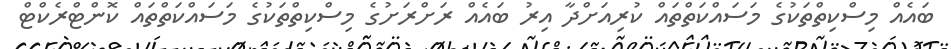
ބައެއް މިސްކިތްތަކުގެ މަސައްކަތްތައް ކުރިއަށްދާ އިރު ބައެއް ރަށްރަށުގެ މިސްކިތްތަކުގެ މަސައްކަތްތައް ކޮންޓްރެކްޓް